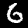
Digit: 6